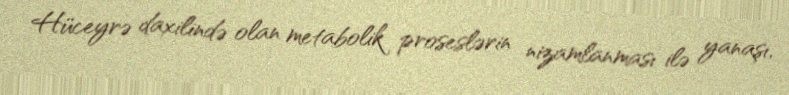
Hüceyrə daxilində olan metabolik proseslərin nizamlanması ilə yanaşı,